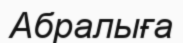
Абралыға